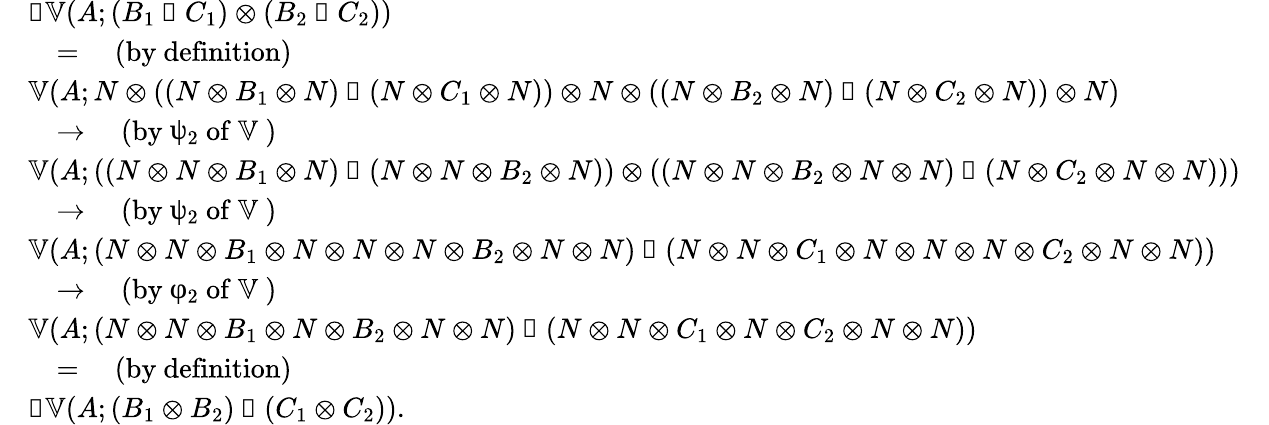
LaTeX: \begin{array}{rlr}&{𝓝𝕍(A;(B_{1}◁C_{1})⊗(B_{2}◁C_{2}))}&\\ &{\quad=\quad\mathrm{(by~definition)}}\\ &{𝕍(A;N⊗((N⊗B_{1}⊗N)◁(N⊗C_{1}⊗N))⊗N⊗((N⊗B_{2}⊗N)◁(N⊗C_{2}⊗N))⊗N)}&\\ &{\quad\to\quad\mathrm{(by~ψ_2~of~𝕍~)}}\\ &{𝕍(A;((N⊗N⊗B_{1}⊗N)◁(N⊗N⊗B_{2}⊗N))⊗((N⊗N⊗B_{2}⊗N⊗N)◁(N⊗C_{2}⊗N⊗N)))}&\\ &{\quad\to\quad\mathrm{(by~ψ_2~of~𝕍~)}}\\ &{𝕍(A;(N⊗N⊗B_{1}⊗N⊗N⊗N⊗B_{2}⊗N⊗N)◁(N⊗N⊗C_{1}⊗N⊗N⊗N⊗C_{2}⊗N⊗N))}&\\ &{\quad\to\quad\mathrm{(by~φ_2~of~𝕍~)}}\\ &{𝕍(A;(N⊗N⊗B_{1}⊗N⊗B_{2}⊗N⊗N)◁(N⊗N⊗C_{1}⊗N⊗C_{2}⊗N⊗N))}&\\ &{\quad=\quad\mathrm{(by~definition)}}\\ &{𝓝𝕍(A;(B_{1}⊗B_{2})◁(C_{1}⊗C_{2})).}\end{array}